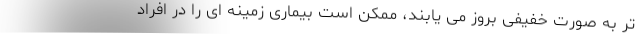
تر به صورت خفیفی بروز می یابند، ممکن است بیماری زمینه ای را در افراد